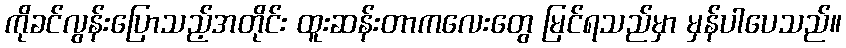
ကိုခင်လွန်းပြောသည့်အတိုင်း ထူးဆန်းတာကလေးတွေ မြင်ရသည်မှာ မှန်ပါပေသည်။